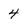
Character: 4